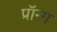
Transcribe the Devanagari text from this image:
प्रॉन्ग